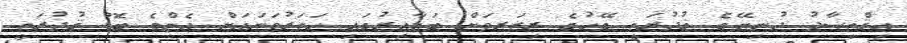
އިޤްތިޞާދު ދުނިޔޭގެ ޤުދުރަތީ ގޭހުގެ ރިޒަރވަށް ބަލާއިރުގައި ހަތަރުވަނައަށް އެންމެ ބޮޑު ޤުދުރަތީ